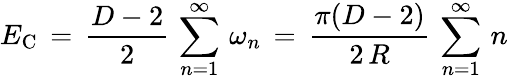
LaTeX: E_{\mathrm{C}}\, =\, \frac{D-2}{2}\, \sum_{n=1}^{\infty}\, \omega_{n}\, =\, \frac{\pi(D-2)}{2\, R}\, \sum_{n=1}^{\infty}\, n\,